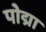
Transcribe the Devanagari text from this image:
पोद्मा